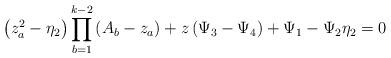
LaTeX: \begin{align*}\left(z_a^2-\eta_2\right)\prod_{b=1}^{k-2}\left(A_b-z_a\right)+z\left( \Psi_3-\Psi_4\right)+\Psi_1-\Psi_2\eta_2=0\end{align*}